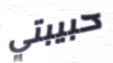
حبيبتي